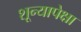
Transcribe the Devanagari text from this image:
शून्यापेक्षा